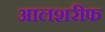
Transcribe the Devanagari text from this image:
आलशरीफ